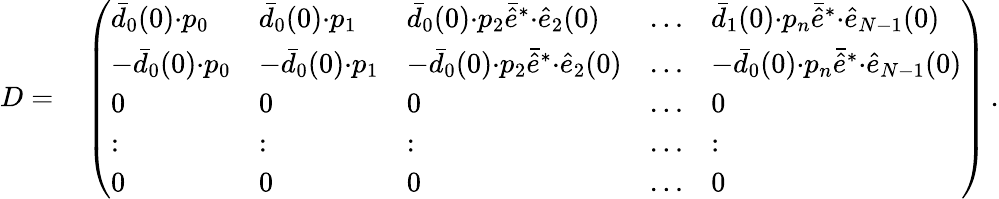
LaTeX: \begin{array}{rl}{D=}&{{}\left(\begin{array}{lllll}{\bar{d}_{0}(0){\cdot}p_{0}}&{\bar{d}_{0}(0){\cdot}p_{1}}&{\bar{d}_{0}(0){\cdot}p_{2}\bar{\hat{e}}^{*}{\cdot}\hat{e}_{2}(0)}&{\dots}&{\bar{d}_{1}(0){\cdot}p_{n}\bar{\hat{e}}^{*}{\cdot}\hat{e}_{N-1}(0)}\\ {-\bar{d}_{0}(0){\cdot}p_{0}}&{-\bar{d}_{0}(0){\cdot}p_{1}}&{-\bar{d}_{0}(0){\cdot}p_{2}\bar{\hat{e}}^{*}{\cdot}\hat{e}_{2}(0)}&{\dots}&{-\bar{d}_{0}(0){\cdot}p_{n}\bar{\hat{e}}^{*}{\cdot}\hat{e}_{N-1}(0)}\\ {0}&{0}&{0}&{\dots}&{0}\\ {:}&{:}&{:}&{\dots}&{:}\\ {0}&{0}&{0}&{\dots}&{0}\end{array}\right)\, .}\end{array}